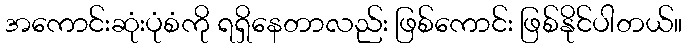
အကောင်းဆုံးပုံစံကို ရရှိနေတာလည်း ဖြစ်ကောင်း ဖြစ်နိုင်ပါတယ်။